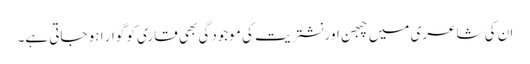
ان کی شاعری میں چبھن اور نشتریت کی موجودگی بھی قاری کو گوار ا ہو جاتی ہے۔